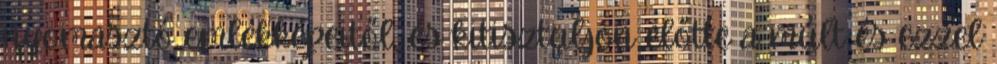
nyomasztó emlékképeitől, és kitisztuljon előtte a múlt és ezzel